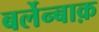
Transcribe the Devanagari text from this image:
बर्लेन्बाक़